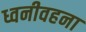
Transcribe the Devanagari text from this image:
ध्वनीवहना